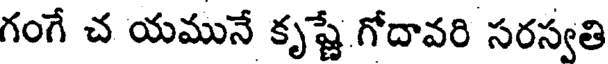
గంగే చ యమునే కృష్ణే గోదావరి సరస్వతి